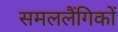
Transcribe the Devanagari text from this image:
समललैंगिकों